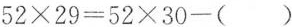
$$5 2 \times 2 9 = 5 2 \times 3 0 - ( ) $$